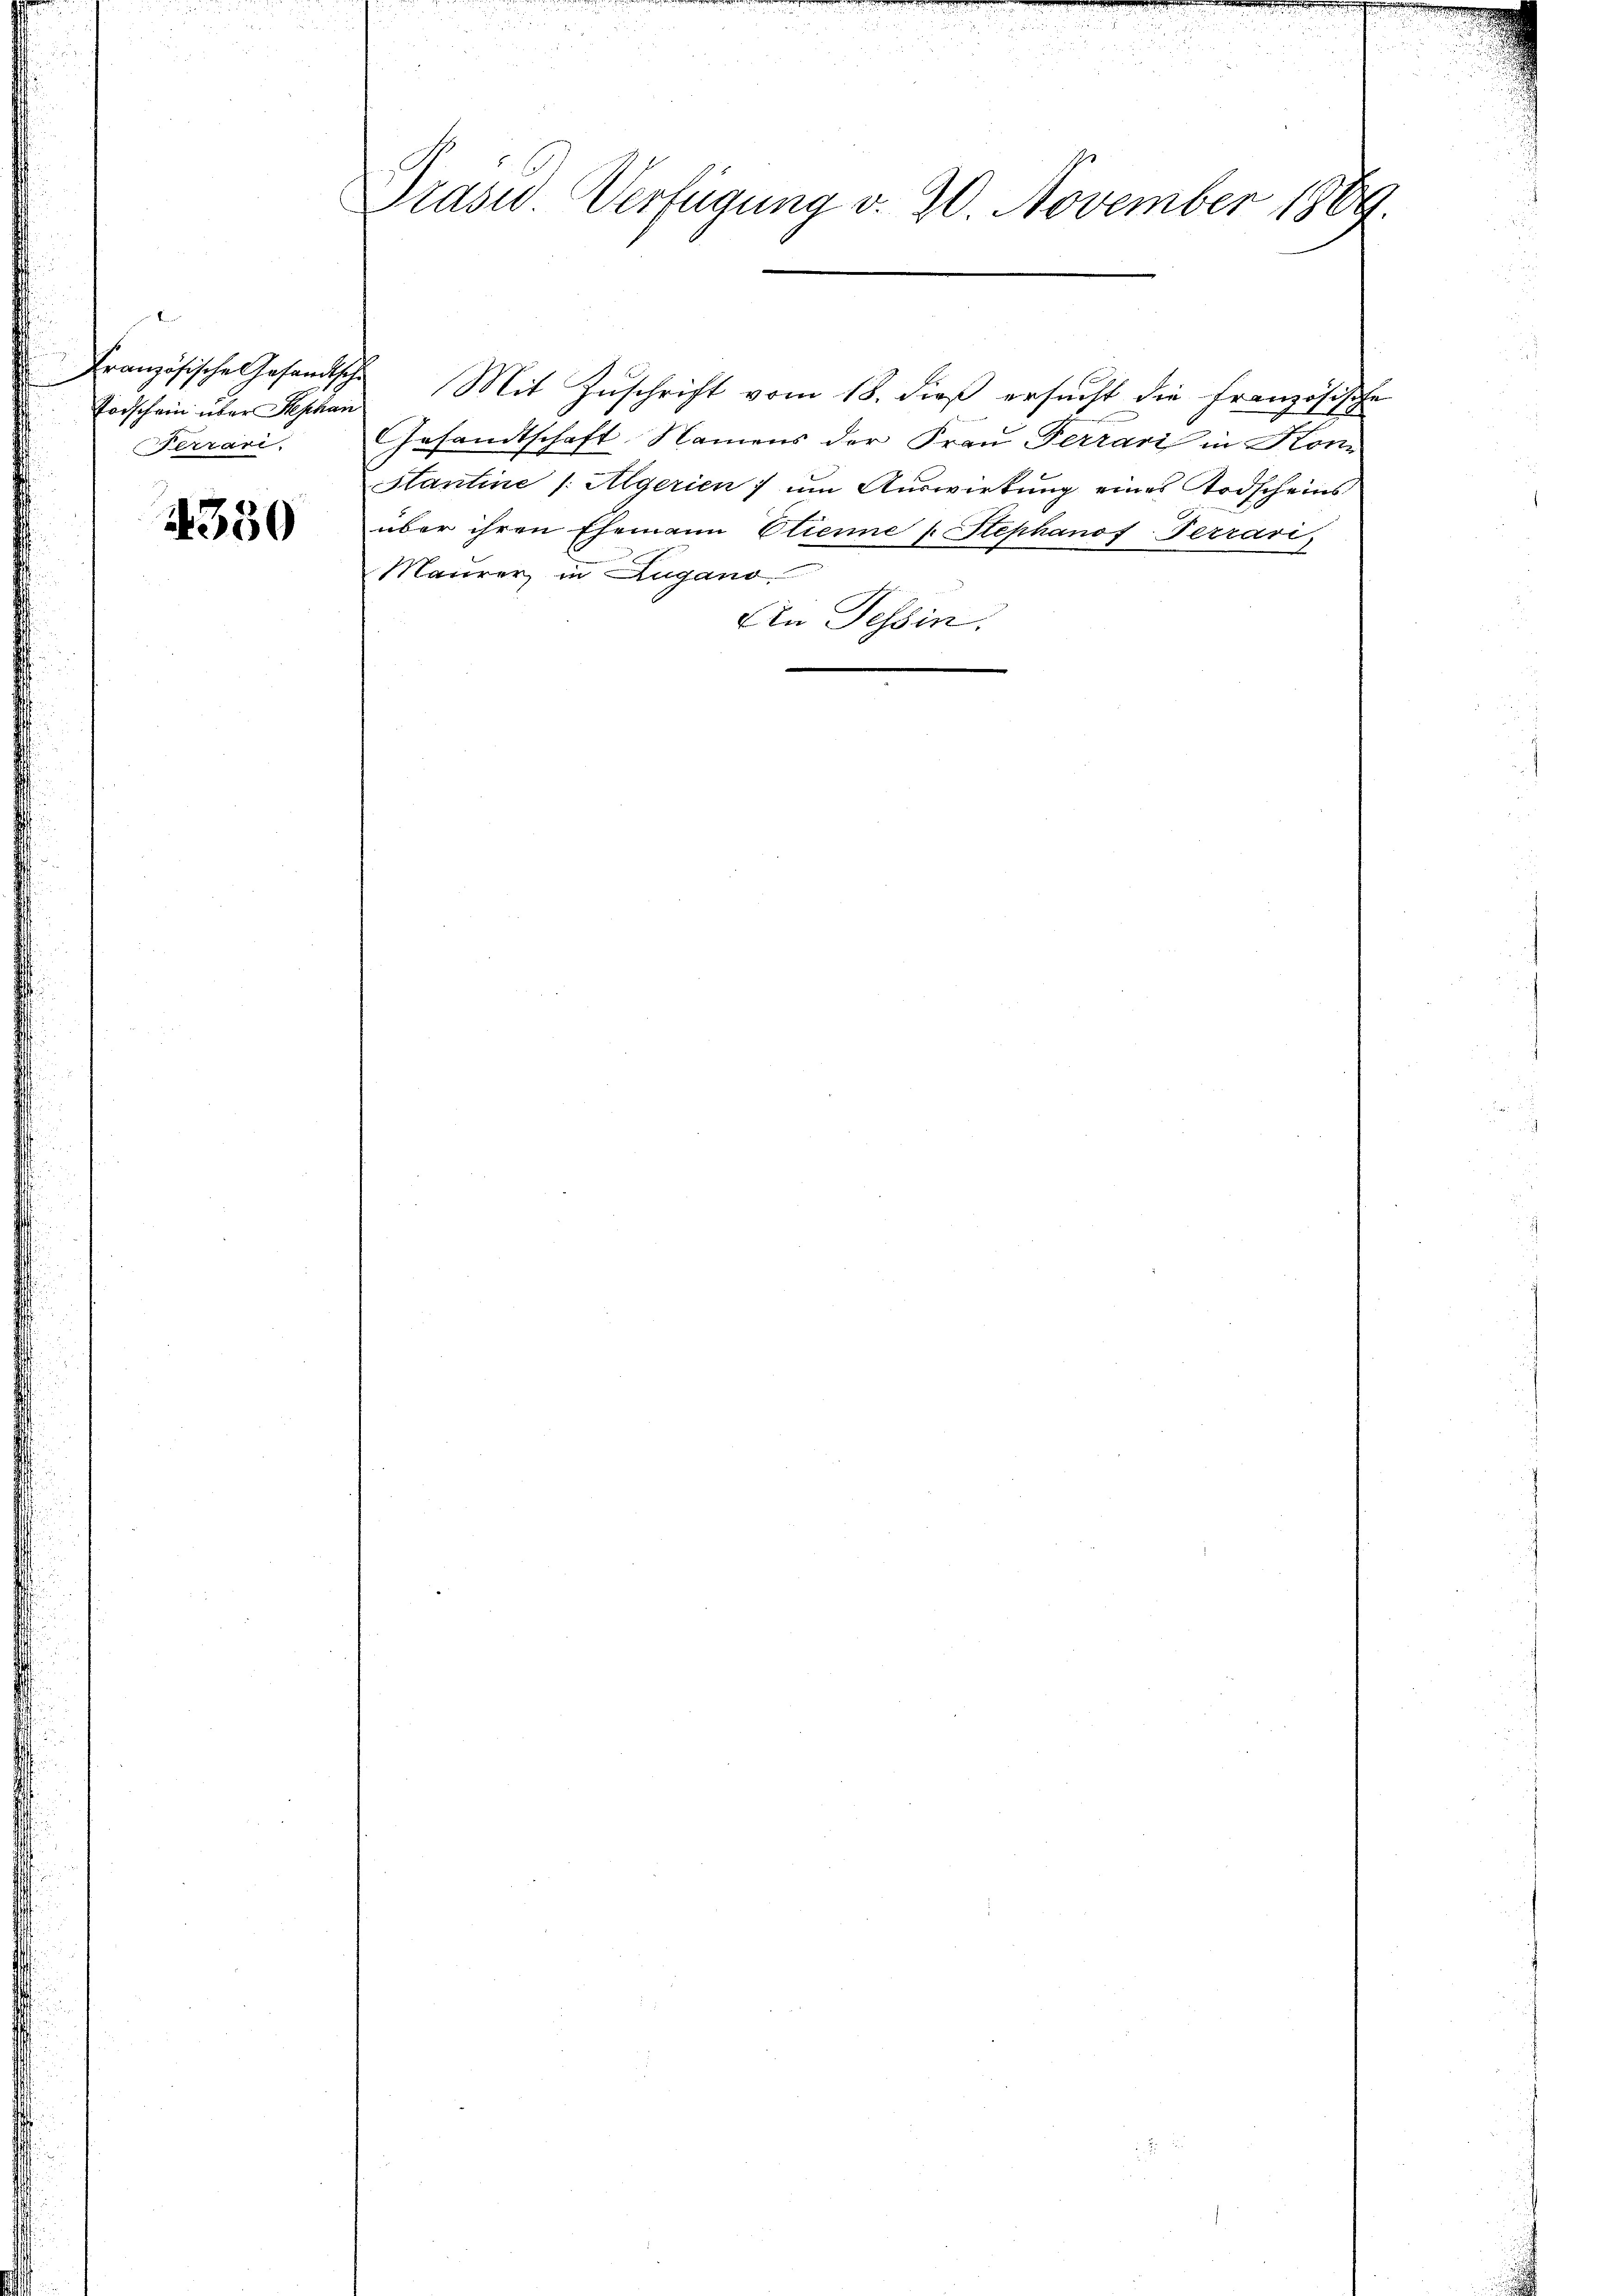
Vorschein über Stephan
Ferrari

4330

Prasw. Verfügung v. 20. November 1889.

Gesandtschaft. Namens der Frau Ferrari in Kon
Htantine /: Aegerien) um Auswirkung eines Todscheins
über ihren Ehemann Etienne s. Stephanof-Terrari
Maurer in Zugano
An Tessin.

Französische Gesandtsche Mit Zuschrift vom 18. dieß ersucht die Französische